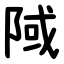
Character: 䧕